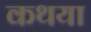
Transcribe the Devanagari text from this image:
कथया